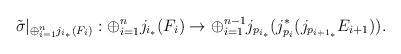
\begin{align*}\tilde{\sigma}|_{\oplus_{i=1}^n j_{i_*}(F_i)} : \oplus_{i=1}^n j_{i_*}(F_i) \rightarrow \oplus_{i=1}^{n-1} j_{p_{i_*}}(j_{p_i}^*(j_{p_{{i+1}_*}}E_{i+1})).\end{align*}